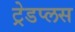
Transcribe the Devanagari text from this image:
ट्रेडप्लस